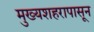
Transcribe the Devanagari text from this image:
मुख्यशहरापासून